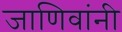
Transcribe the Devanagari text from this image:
जाणिवांनी